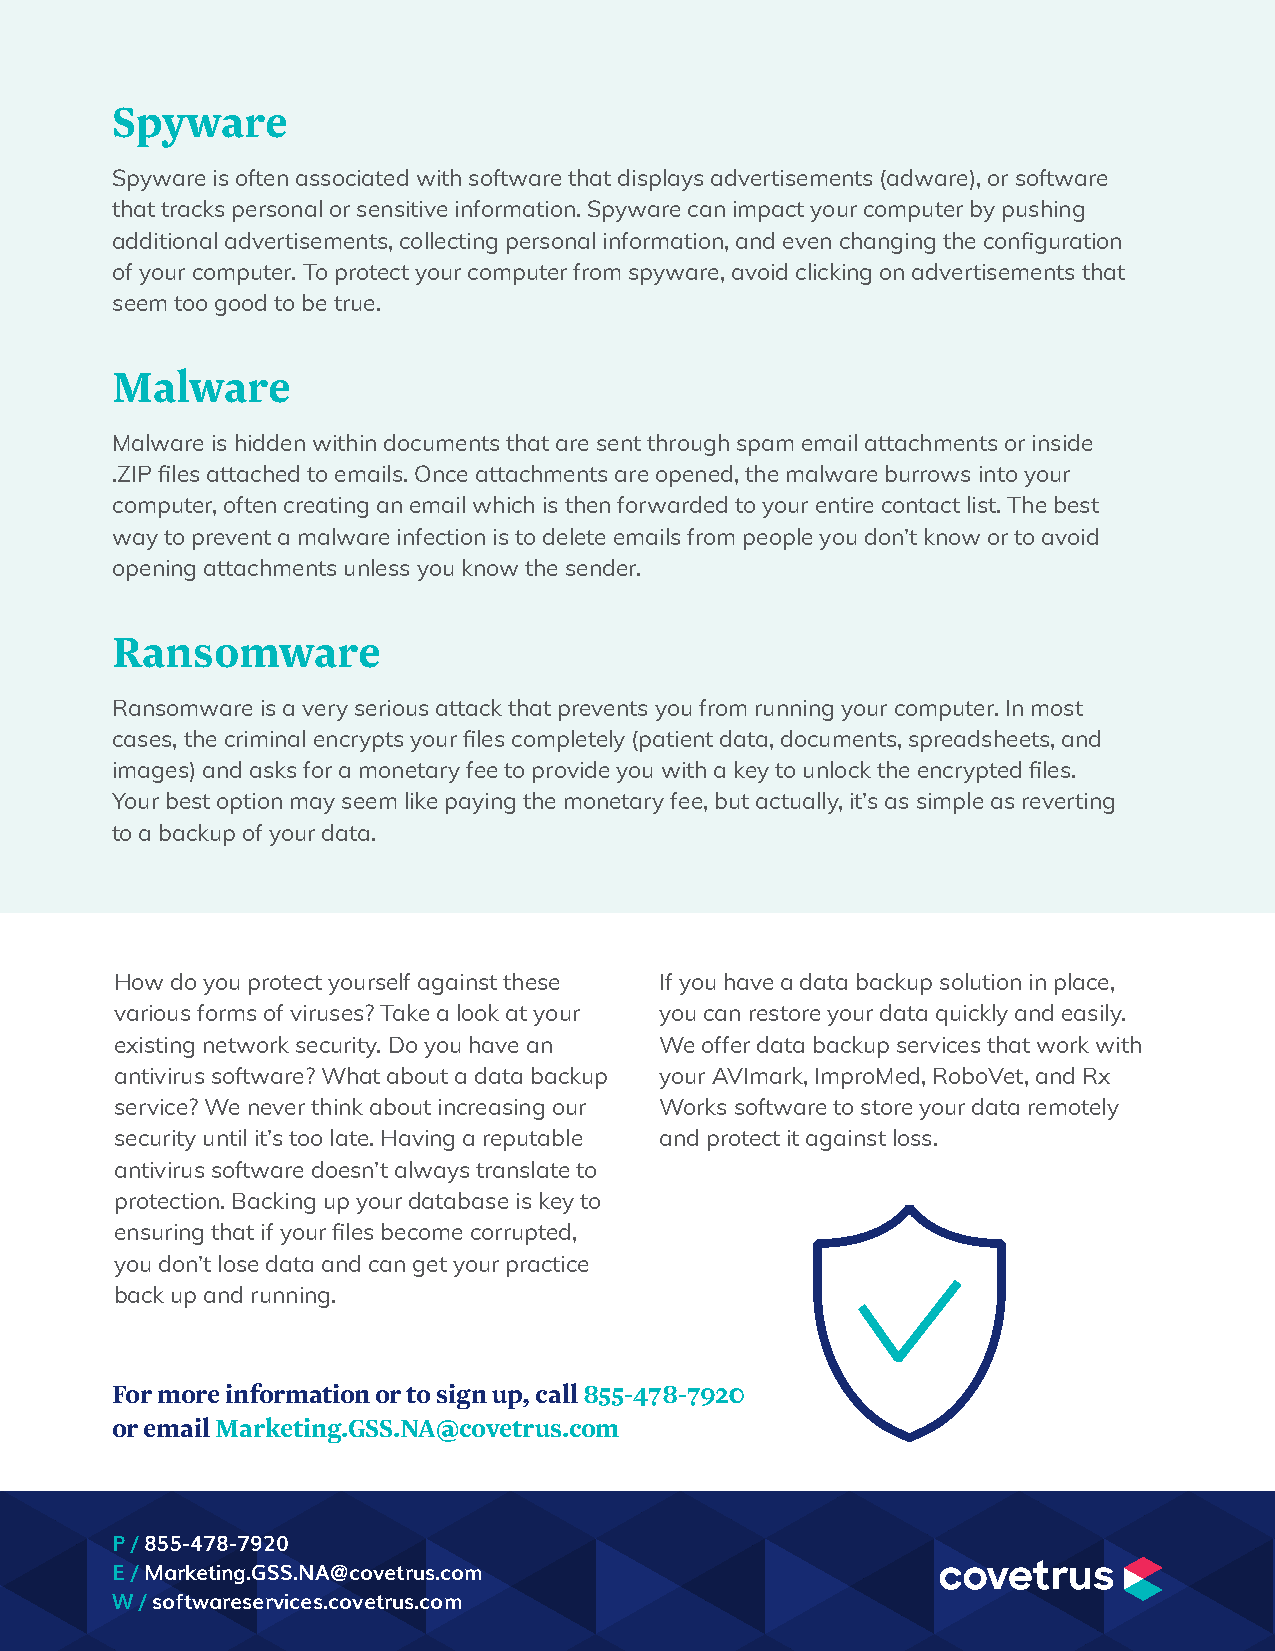
Spyware
 Spyware is often associated with software that displays advertisements (adware), or software
 that tracks personal or sensitive information. Spyware can impact your computer by pushing
 additional advertisements, collecting personal information, and even changing the configuration
 of your computer. To protect your computer from spyware, avoid clicking on advertisements that
 seem too good to be true.
 Malware
 Malware is hidden within documents that are sent through spam email attachments or inside
 .ZIP files attached to emails. Once attachments are opened, the malware burrows into your
 computer, often creating an email which is then forwarded to your entire contact list. The best
 way to prevent a malware infection is to delete emails from people you don’t know or to avoid
 opening attachments unless you know the sender.
 Ransomware
 Ransomware is a very serious attack that prevents you from running your computer. In most
 cases, the criminal encrypts your files completely (patient data, documents, spreadsheets, and
 images) and asks for a monetary fee to provide you with a key to unlock the encrypted files.
 Your best option may seem like paying the monetary fee, but actually, it’s as simple as reverting
 to a backup of your data.
 How do you protect yourself against these If you have a data backup solution in place,
 various forms of viruses? Take a look at your you can restore your data quickly and easily.
 existing network security. Do you have an We offer data backup services that work with
 antivirus software? What about a data backup your AVImark, ImproMed, RoboVet, and Rx
 service? We never think about increasing our Works software to store your data remotely
 security until it’s too late. Having a reputable and protect it against loss.
 antivirus software doesn’t always translate to
 protection. Backing up your database is key to
 ensuring that if your files become corrupted,
 you don’t lose data and can get your practice
 back up and running.
 For more information or to sign up, call 855-478-7920
 or email Marketing.GSS.NA@covetrus.com
 P / 855-478-7920
 E / Marketing.GSS.NA@covetrus.com
 W / softwareservices.covetrus.com